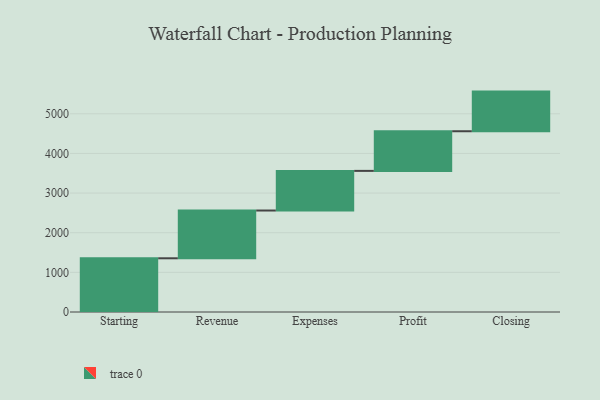
{"axis": {"x": "Step", "y": "Value"}, "legend": [""], "data": [{"x": "Starting", "y": 1355.0, "type": ""}, {"x": "Revenue", "y": 1205.0, "type": ""}, {"x": "Expenses", "y": 1000, "type": ""}, {"x": "Profit", "y": 1000, "type": ""}, {"x": "Closing", "y": 1000, "type": ""}]}